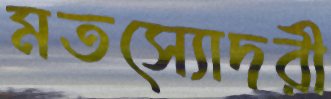
মতস্যোদরী